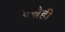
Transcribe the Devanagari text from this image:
वस्त्रेही